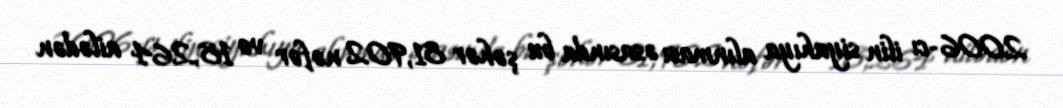
2006-cı ilin siyahıya alınması əsasında bu şəhər 81,902 nəfər və 18,264 ailədən